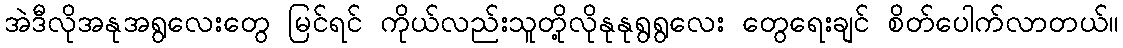
အဲဒီလိုအနုအရွလေးတွေ မြင်ရင် ကိုယ်လည်းသူတို့လိုနုနုရွရွလေး တွေရေးချင် စိတ်ပေါက်လာတယ်။